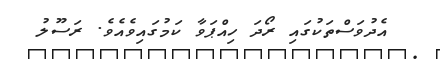
އެދުވަސްތަކުގައި ރޯދަ ހިއްޕަވާ ކަމުގައިވެއެވެ. ރަސޫލު